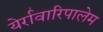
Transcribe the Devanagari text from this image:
येर्रावारिपालेम